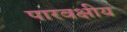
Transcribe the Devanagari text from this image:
पारवक्षीय